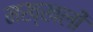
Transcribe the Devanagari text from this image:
मख्खली